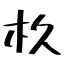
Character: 杦